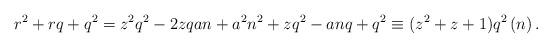
LaTeX: \begin{align*}r^2+rq+q^2=z^2q^2-2zqan+a^2n^2+zq^2-anq+q^2\equiv(z^2+z+1)q^2\,(n)\,.\end{align*}